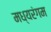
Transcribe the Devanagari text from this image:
मध्यरंगम